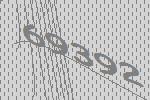
69392